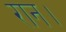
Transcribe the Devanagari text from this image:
रान।